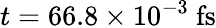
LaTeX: t=66.8\times 10^{-3}~\mathrm{fs}